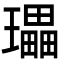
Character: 瓃